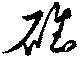
碓